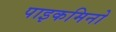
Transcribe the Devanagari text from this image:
पाइकमिनो